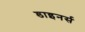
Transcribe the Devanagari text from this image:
डाइनर्स